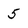
Character: 5